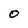
Character: 0